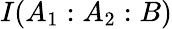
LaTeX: I(A_{1}:A_{2}:B)